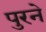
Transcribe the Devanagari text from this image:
पुरने